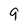
Character: 9